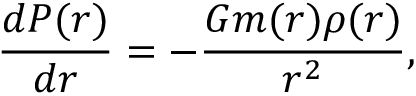
\frac { d P ( r ) } { d r } = - \frac { G m ( r ) \rho ( r ) } { r ^ { 2 } } ,